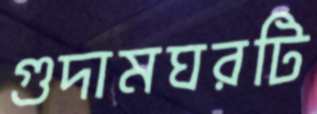
গুদামঘরটি